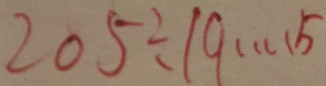
2 0 5 \div 1 9 \cdots 5